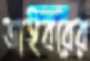
ডাইবরের